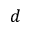
d